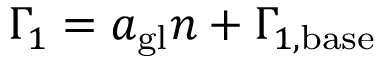
\Gamma _ { 1 } = a _ { \mathrm { g l } } n + \Gamma _ { 1 , \mathrm { b a s e } }